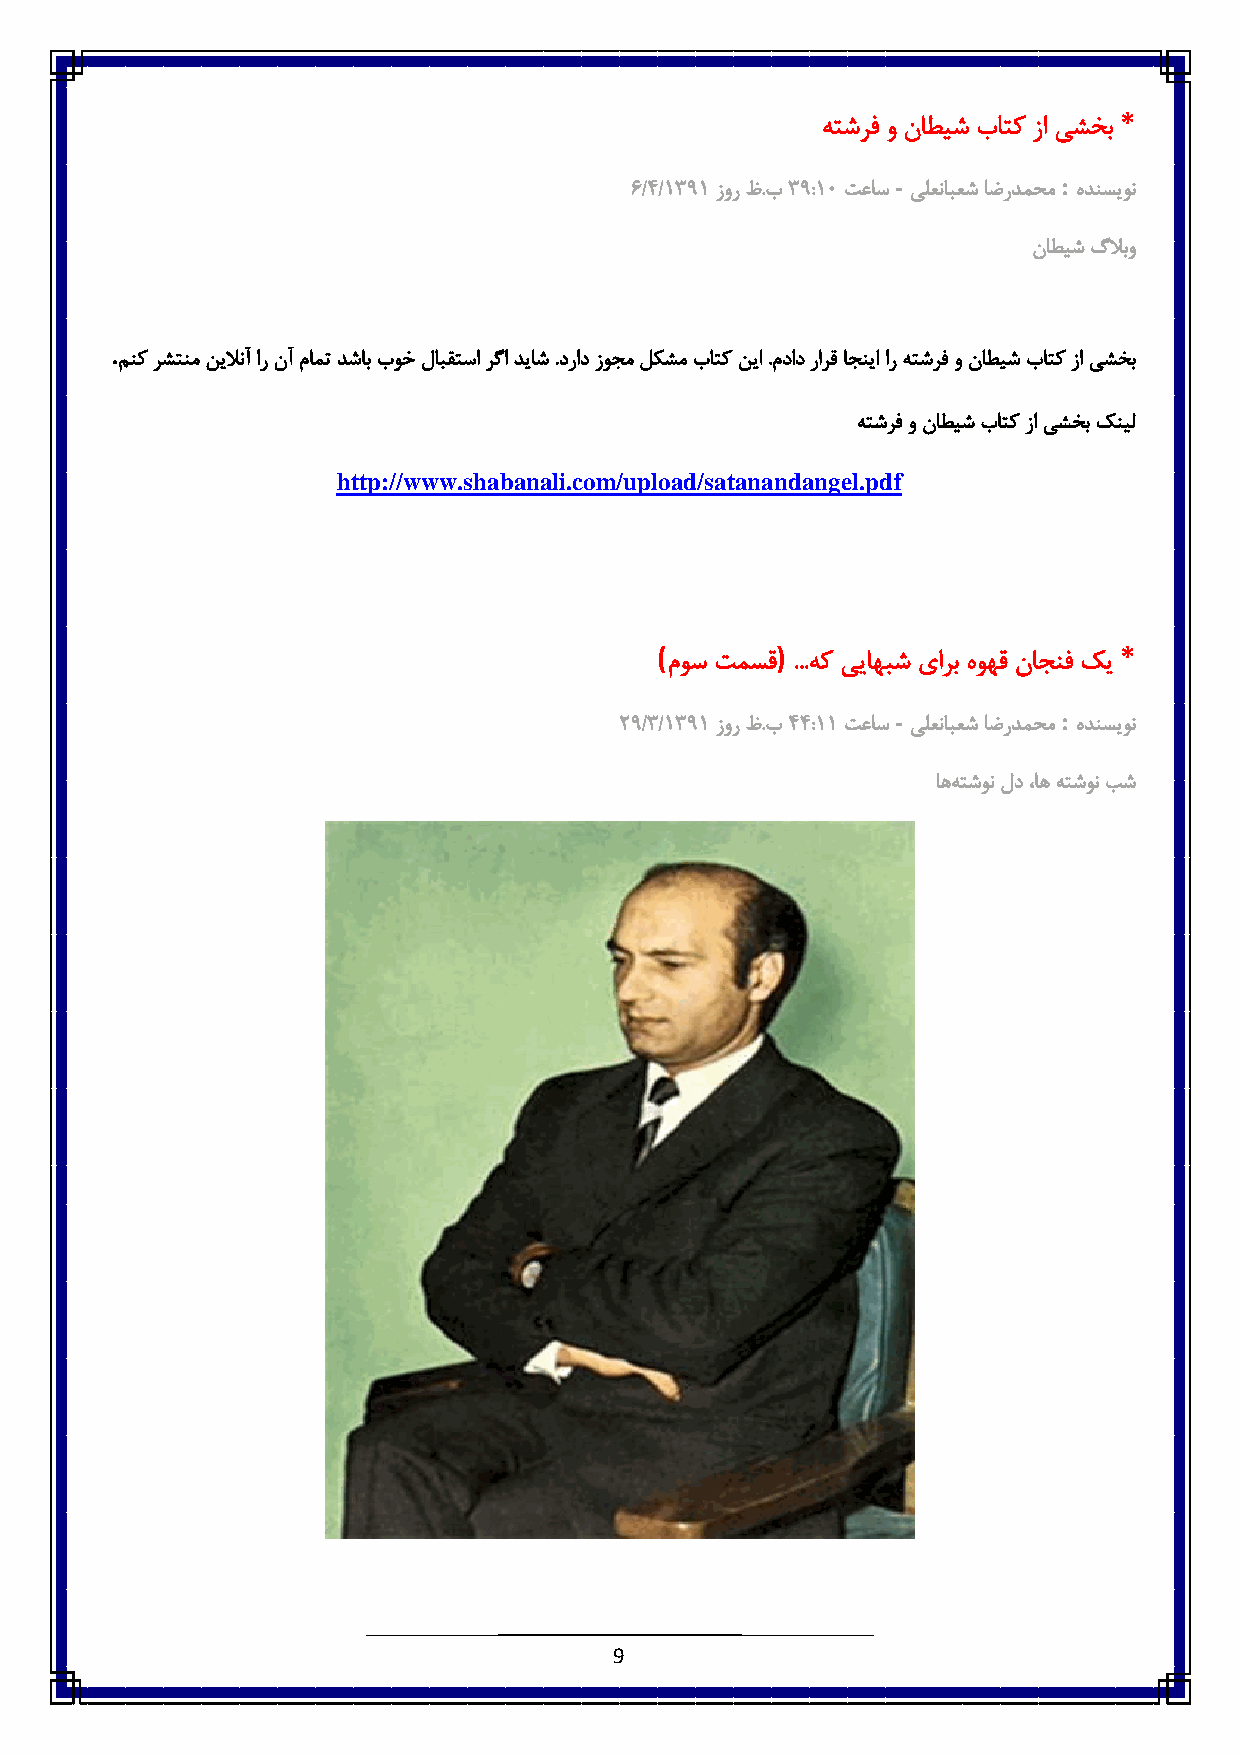
*
 هتشرف و ناطیش باتک زا یشخب
 -          :
 1/٠/6836 زور ظ.ب8 3:6٥ تعاس یلعنابعش اضردمحم هدنسیون
 ناطیش گلابو
 .
 منک رشتنم نیلانآ ار نآ مامت دشاب بوخ لابقتسا رگا دیاش .دراد زوجم لکشم باتک نیا .مداد رارق اجنیا ار هتشرف و ناطیش باتک زا یشخب
 هتشرف و ناطیش باتک زا یشخب کنیل
 http://www.shabanali.com/upload/satanandangel.pdf
 (      )                      *
 موس تمسق ...هک ییاهبش یارب هوهق ناجنف کی
 -          :
 :3/8/6836 زور ظ.ب٠ ٠:66 تعاس یلعنابعش اضردمحم هدنسیون
 اهه تشون لد،اه هتشون بش
 9